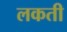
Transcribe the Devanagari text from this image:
लकती